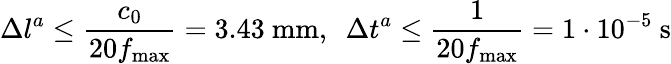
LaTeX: \Delta l^{a}\le\frac{c_{0}}{20f_{\mathrm{max}}}=3.43~\mathrm{mm},~~\Delta t^{a}\le\frac{1}{20f_{\mathrm{max}}}=1\cdot 10^{-5}~\mathrm{s}